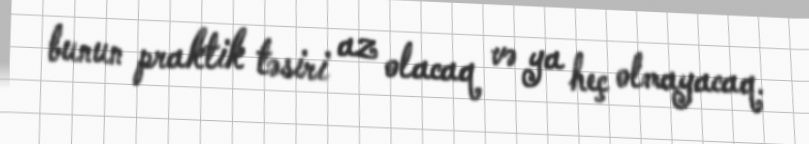
bunun praktik təsiri az olacaq və ya heç olmayacaq.